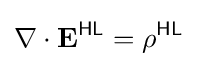
\nabla \cdot \mathbf {E} ^{\textsf {HL}}=\rho ^{\textsf {HL}}